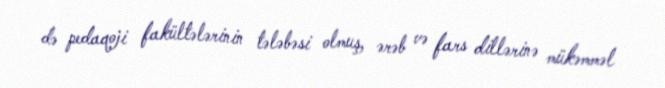
də pedaqoji fakültələrinin tələbəsi olmuş, ərəb və fars dillərinə mükəmməl